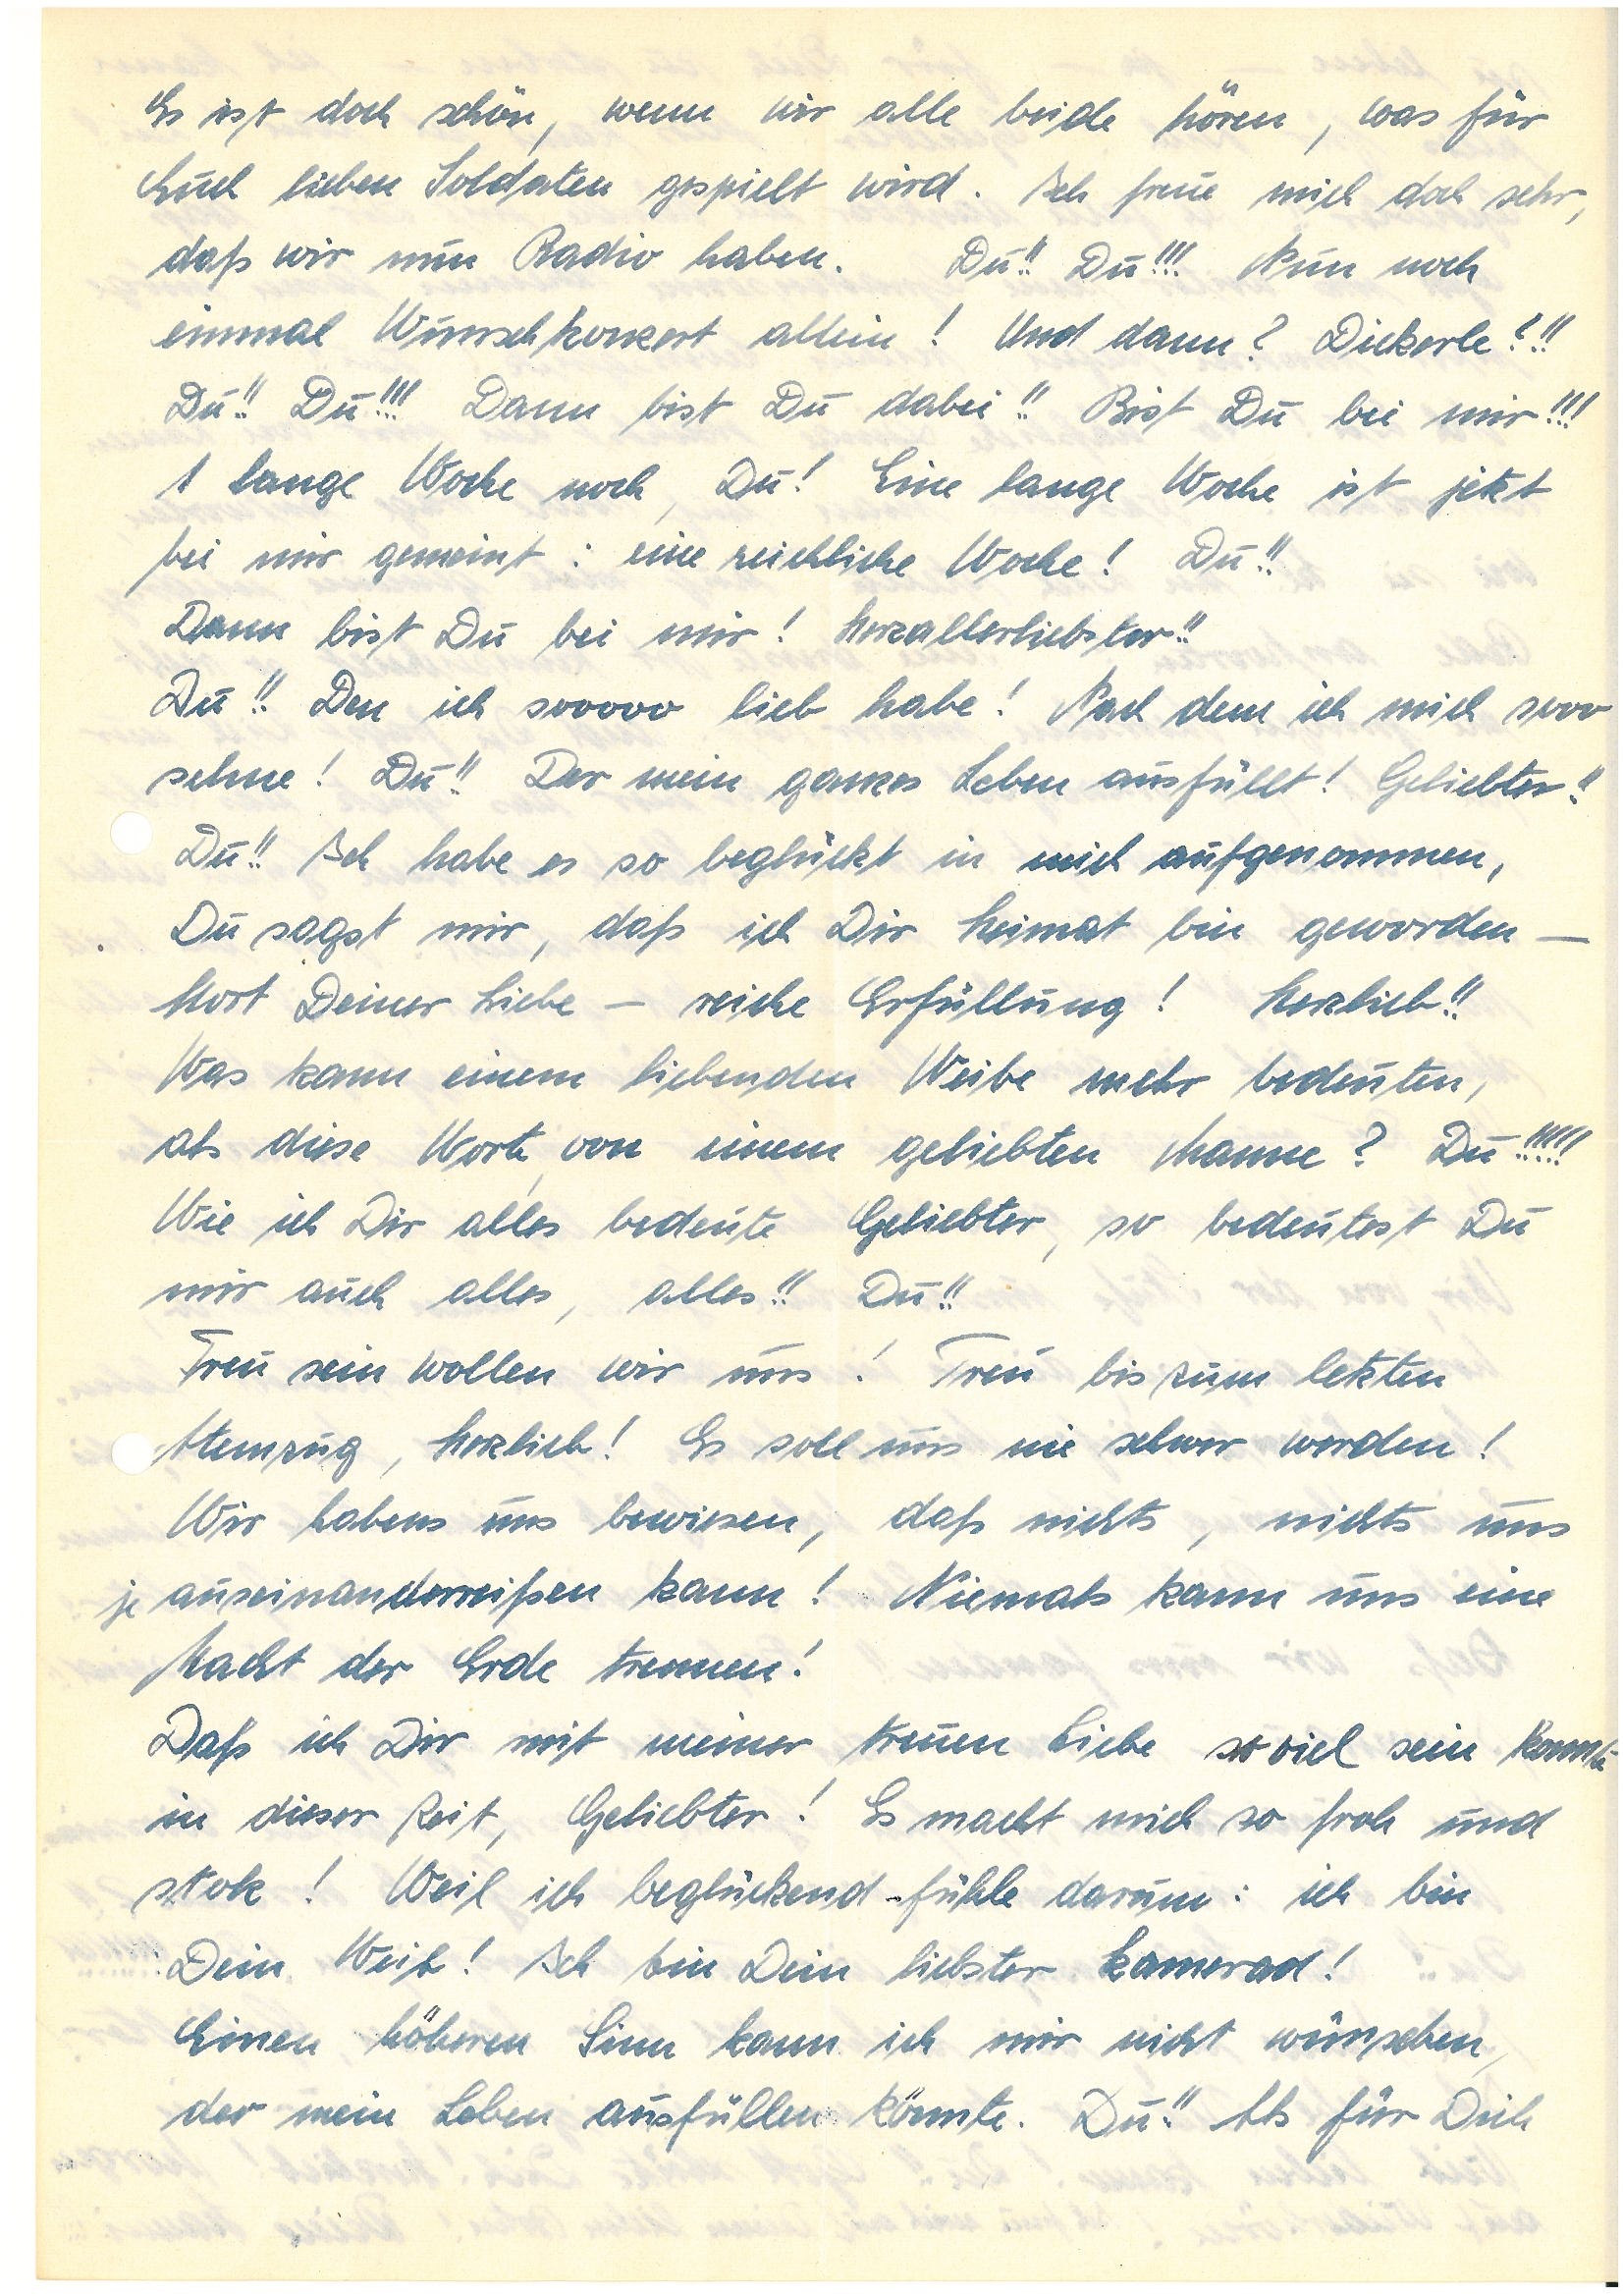
Es ist doch schön, wenn wir alle beide hören, was für
Euch lieben Soldaten gespielt wird. Ich freue mich doch sehr,
daß wir nun Radio haben. Du!! Du!!! Nur noch
einmal Wunschkonzert allein! Und dann? Dickerle?!!
Du!! Du!!! Dann bist Du dabei!! Bist Du bei mir!!!
1 lange Woche noch, Du! Eine lange Woche ist jetzt
bei mir gemeint: eine reichliche Woche! Du!!
Dann bist Du bei mir! Herzallerliebster!!
Du!! Den ich sooooo lieb habe! Nach dem ich mich sooo
sehne! Du!! Der mein ganzes Leben ausfüllt! Geliebter!!
Du!! Ich habe es so beglückt in mich aufgenommen,
Du sagst mir, daß ich Dir Heimat bin geworden –
Hort Deiner Liebe – reiche Erfüllung! Herzlieb!!
Was kann einem liebenden Weibe mehr bedeuten,
als diese Worte, von einem geliebten Manne? Du!!!!!
Wie ich Dir alles bedeute Geliebter, so bedeutest Du
mir auch alles, alles!!! Du!!!
Treu sein wollen wir uns! Treu bis zum letzten
Atemzug, Herzlieb! Es soll uns nie schwer werden!
Wir haben uns bewiesen, daß nichts, nichts uns
je auseinanderreißen kann! Niemals kann uns eine
Macht der Erde trennen!
Daß ich Dir mit meiner treuen Liebe so viel sein konnte
in dieser Zeit, Geliebter! Es macht mich so froh und
stark! Weil ich beglückend fühle darum: ich bin
Dein Weib! Ich bin Dein liebster Kamerad!
Einen höheren Sinn kann ich mir nicht wünschen,
der mein Leben ausfüllen könnte. Du!! Als für Dich